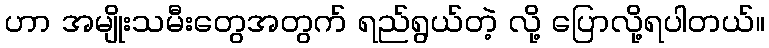
ဟာ အမျိုးသမီးတွေအတွက် ရည်ရွယ်တဲ့ လို့ ပြောလို့ရပါတယ်။